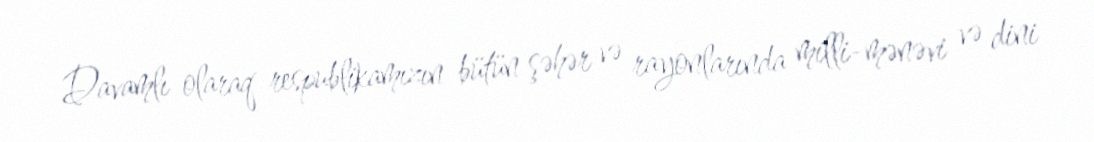
Davamlı olaraq respublikamızın bütün şəhər və rayonlarında milli-mənəvi və dini